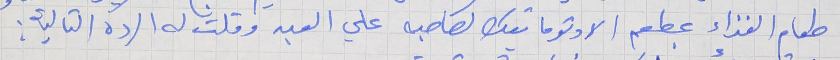
طعام الغذاء بمطعم الاوتوماتيك لصاحبه علي العبد وقلت له الرده التالية :